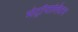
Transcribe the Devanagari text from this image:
मेट्रॉपालिटन